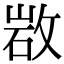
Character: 𢽡